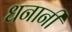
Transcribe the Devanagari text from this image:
धनानी